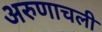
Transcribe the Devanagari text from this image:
अरुणाचली